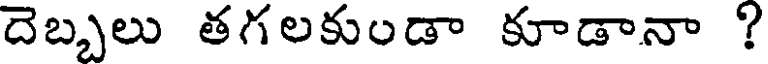
దెబ్బలు తగలకుండా కూడానా ?